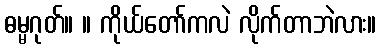
ဓမ္မဂုတ်။ ။ ကိုယ်တော်ကလဲ လိုက်တာဘဲလား။